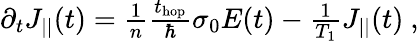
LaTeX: \begin{array}{r}{\partial_{t}J_{||}(t)=\frac{1}{n}\frac{t_{\mathrm{hop}}}{\hbar}\sigma_{0}E(t)-\frac{1}{T_{1}}J_{||}(t)~,}\end{array}